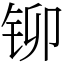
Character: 铆